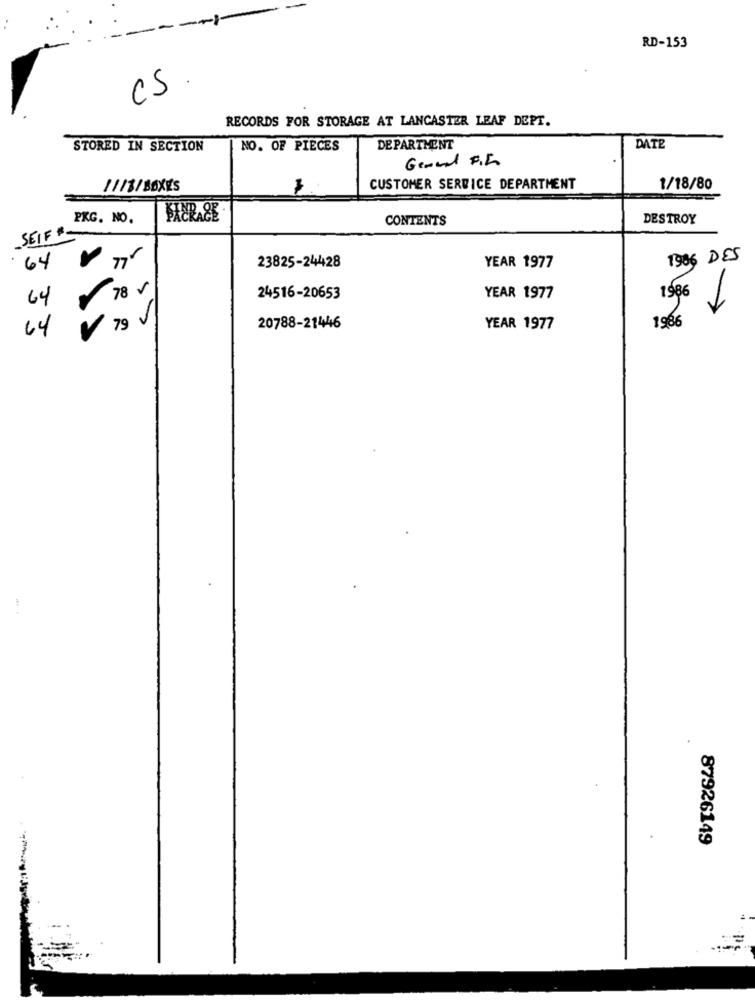
RD-153
CS.
RECORDS FOR STORAGE AT LANCASTER LEAF DEPT.
STORED IN SECTION
NO. OF PIECES
DEPARTMENT
DATE
1113/ BOXES
CUSTOMER SERVICE DEPARTMENT
1/18/80
PKG. NO.
FIERACE
CONTENTS
DESTROY
SEIF #-
23825-24428
1906 DES
64
YEAR 1977
78 5
1986
64
24516-20653
YEAR 1977
1986
64
79 J
20788-21446
YEAR 1977
87926149